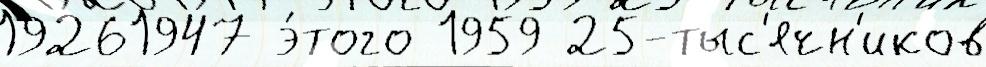
19261947 э́того 1959 25-тыс'ячн'иков